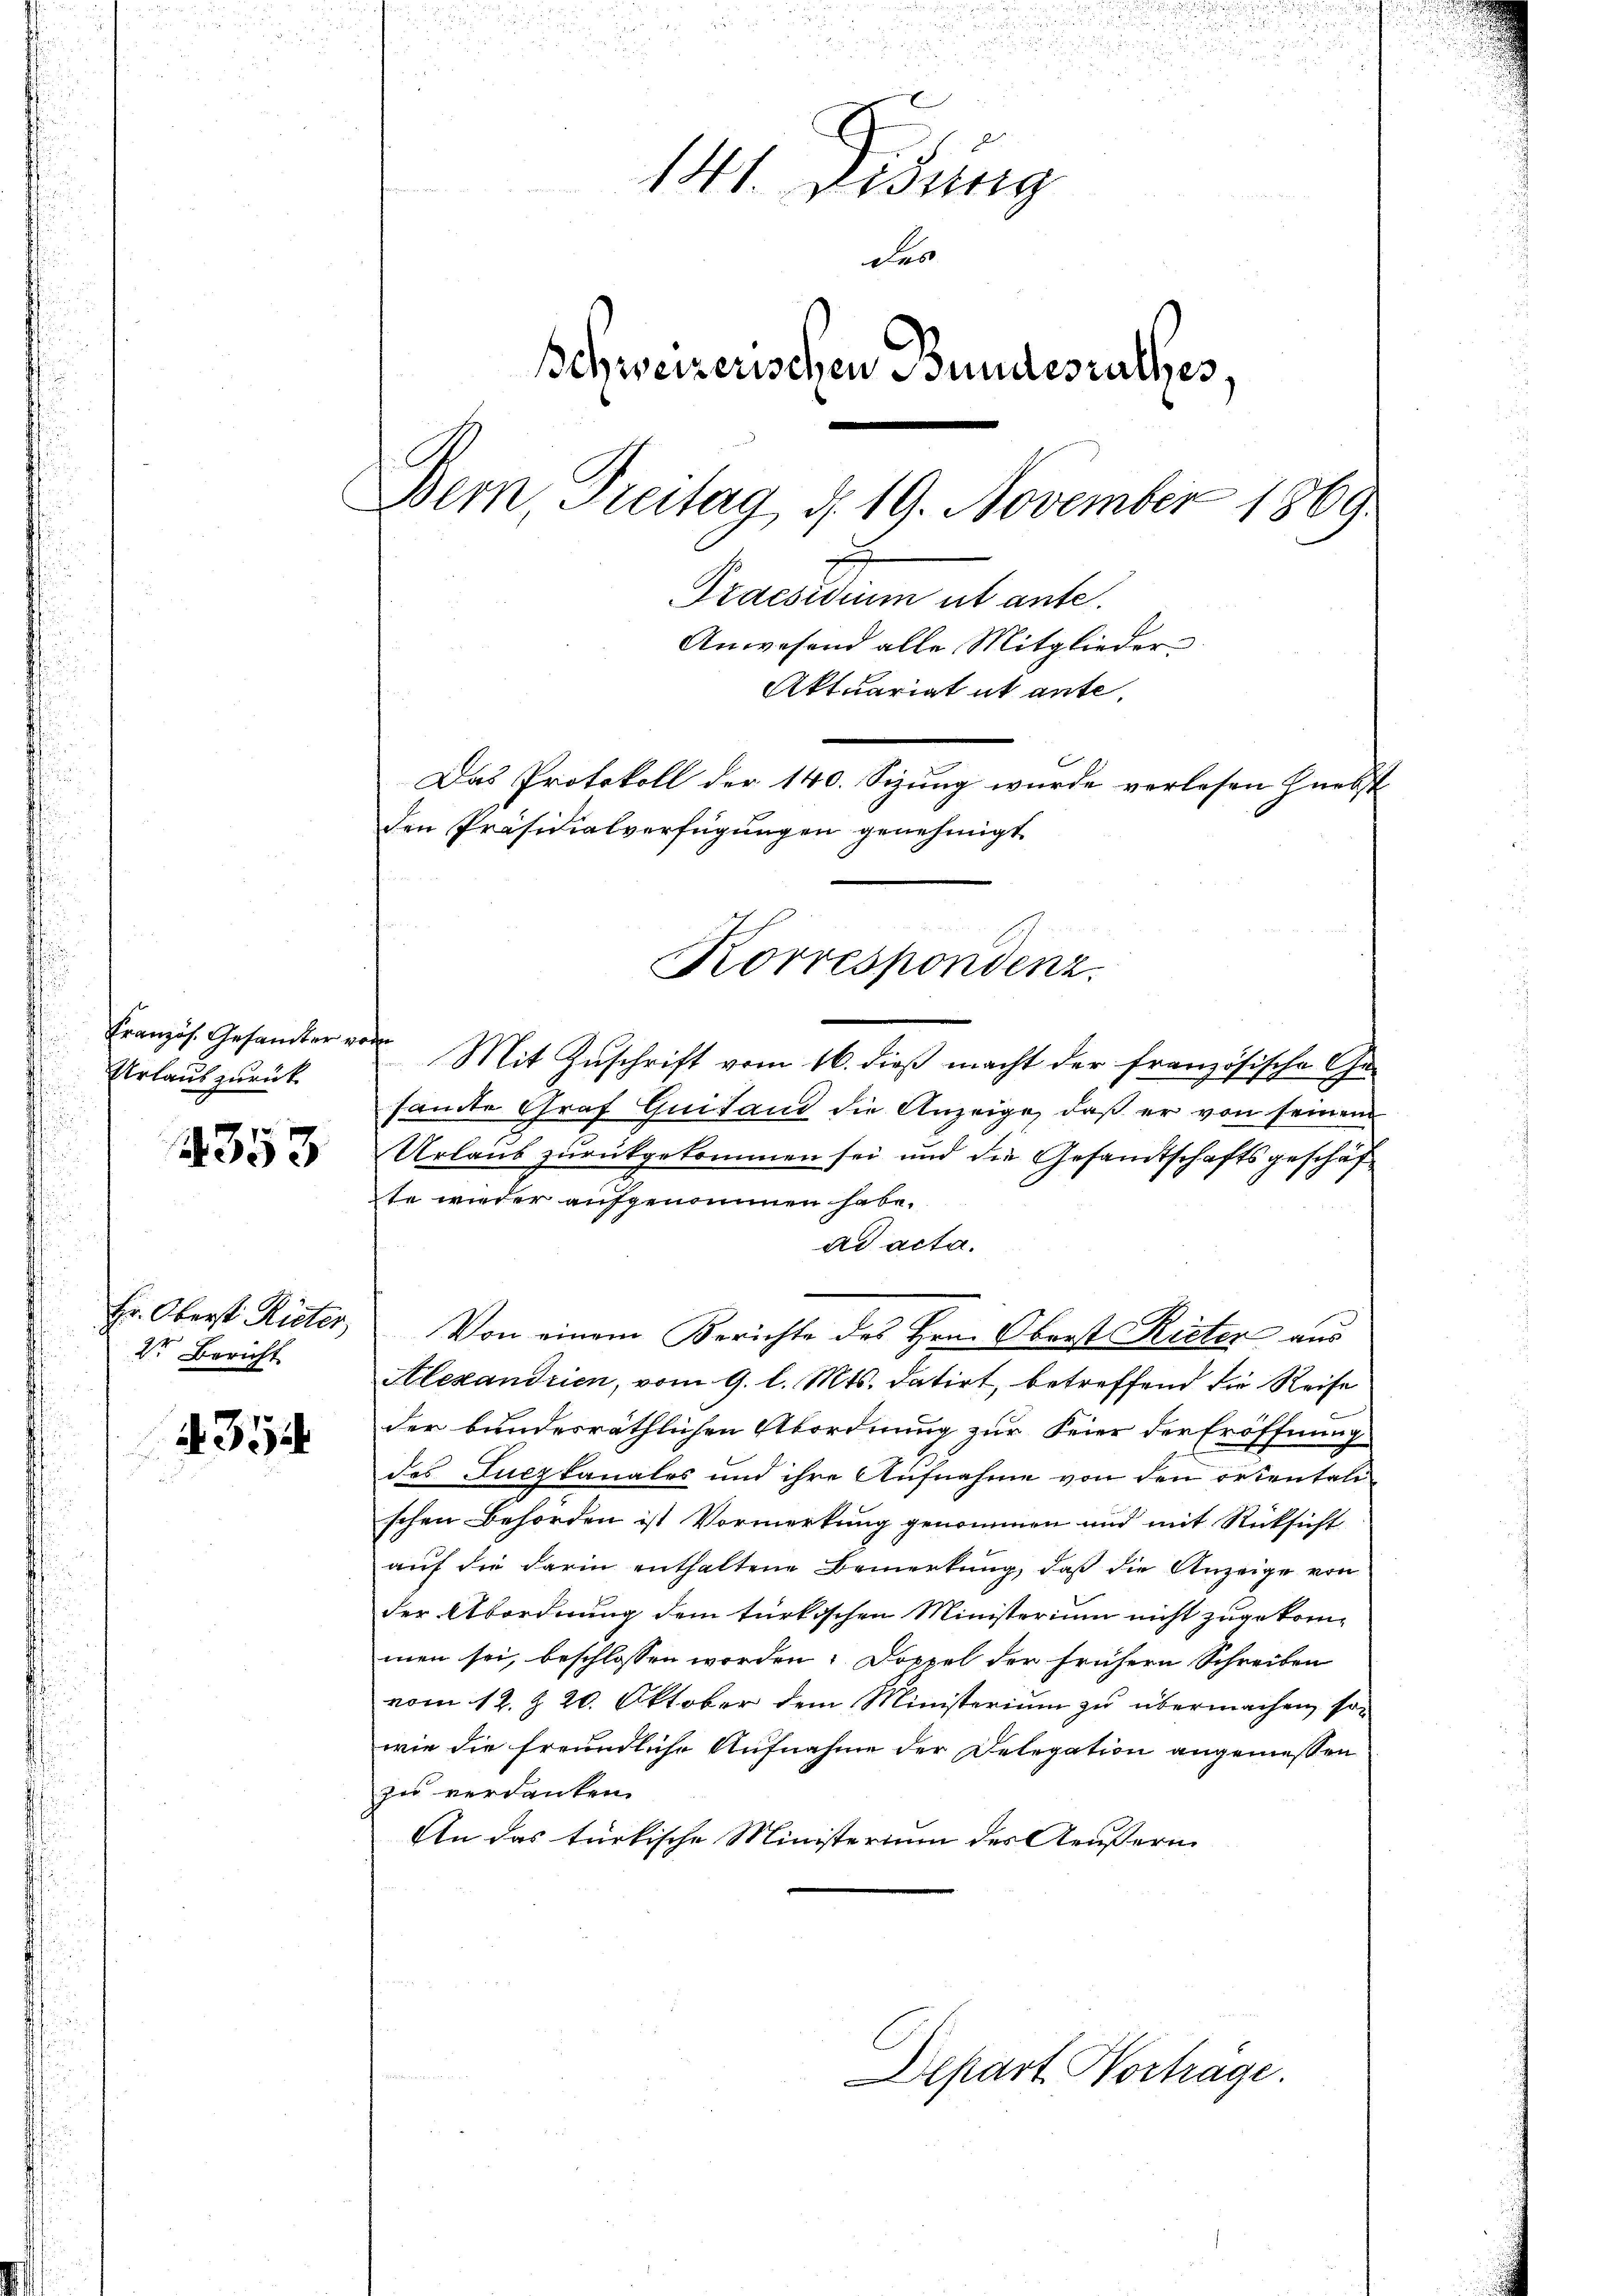
Französ. Gesandter vo
Urlaub zurück

4353

Hr. Oberst Rieter,
2te Bericht

354

u
u
.

2
u
141. Didung
des
Schweizerischen Bundesrathes.
Bern Treitag d. 19. November 1869.
E
Praesidium ut ante.
Anwesend alle Mitglieder
Aktuariat it ante.
Das Protokoll der 140. Sizung wurde verlesen herbst
den Präsidialverfügungen genehmigt

Mit Zuschrift vom 16. dieß macht der französische Gesamte Graf Quitand die Anzeige, daß er von seinem
Urlaus zurückgekommen sei und die Gesandtschaftsgeschäf
te wieder aufgenommen habe.
ad acta.
Von einem Berichte des Hrn. Oberst Rieter aus
Alexandrien, vom 9. l. Mts. datirt, betreffend die Reise
der bundesräthlichen Abordnung zur Feier der Eröffnung
des Luczkanales und ihre Aufnahme von den ortentalischen Behörden ist Vormerkung genommen und mit Rücksicht
auf die darin enthaltene Bemerkung, daß die Anzeige von
der Abordnung dem türkischen Ministerium nicht zugekommen sei, beschlossen worden. Doppel der frühern Schreiben
vom 12. Z. 20. Oktober dem Ministerium zu übermachen, so
wie die freundliche Aufnahme der Delegation angemessen
zu verdanken.
An das türkische Ministerium des Aeußern
Depart Vorträge.

Korrespondenz.